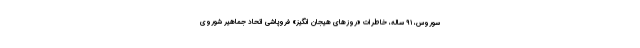
سوروس، ۹۱ ساله، خاطرات «روزهای هیجان انگیز» فروپاشی اتحاد جماهیر شوروی